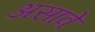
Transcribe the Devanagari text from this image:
असावेे